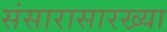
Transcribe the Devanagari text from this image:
संसारासारख्या